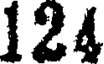
124